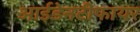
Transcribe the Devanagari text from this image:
आईडेनटीफायर